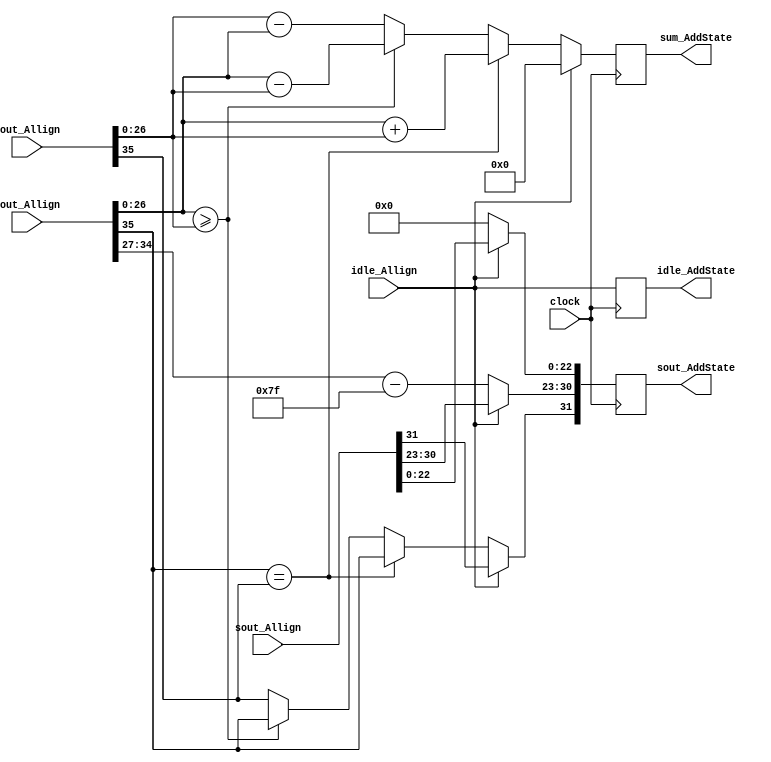
`timescale 1ns / 1ps
//////////////////////////////////////////////////////////////////////////////////
// Company: 
// Engineer: 
// 
// Design Name: 
// Module Name:    Add 
// Project Name: 
// Target Devices: 
// Tool versions: 
// Description: 
//
// Dependencies: 
//
// Revision: 
// Revision 0.01 - File Created
// Additional Comments: 
//
//////////////////////////////////////////////////////////////////////////////////
module Add(
	input idle_Allign,
	input [35:0] cout_Allign,
	input [35:0] zout_Allign,
	input [31:0] sout_Allign,
	input clock,
	output reg idle_AddState,
	output reg [31:0] sout_AddState,
	output reg [27:0] sum_AddState
    );
parameter no_idle = 1'b0,
			 put_idle = 1'b1;

wire z_sign;
wire [7:0] z_exponent;
wire [26:0] z_mantissa;

wire c_sign;
wire [7:0] c_exponent;
wire [26:0] c_mantissa;

assign z_sign = zout_Allign[35];
assign z_exponent = zout_Allign[34:27] - 127;
assign z_mantissa = {zout_Allign[26:0]};

assign c_sign = cout_Allign[35];
assign c_exponent = cout_Allign[34:27] - 127;
assign c_mantissa = {cout_Allign[26:0]};

always @ (posedge clock)
begin

	idle_AddState <= idle_Allign;
	
	if (idle_Allign != put_idle) begin
      sout_AddState[30:23] <= c_exponent;
		sout_AddState[22:0] <= 0;
      if (c_sign == z_sign) begin
         sum_AddState <= c_mantissa + z_mantissa;
         sout_AddState[31] <= c_sign;
      end else begin
			if (c_mantissa >= z_mantissa) begin
				sum_AddState <= c_mantissa - z_mantissa;
				sout_AddState[31] <= c_sign;
			end else begin
				sum_AddState <= z_mantissa - c_mantissa;
				sout_AddState[31] <= z_sign;
			end
      end		
	end
	
	else begin
		sout_AddState <= sout_Allign;
		sum_AddState <= 0;
	end
end

endmodule